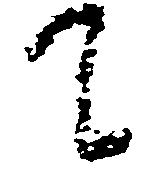
て